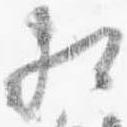
相